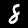
Digit: 8